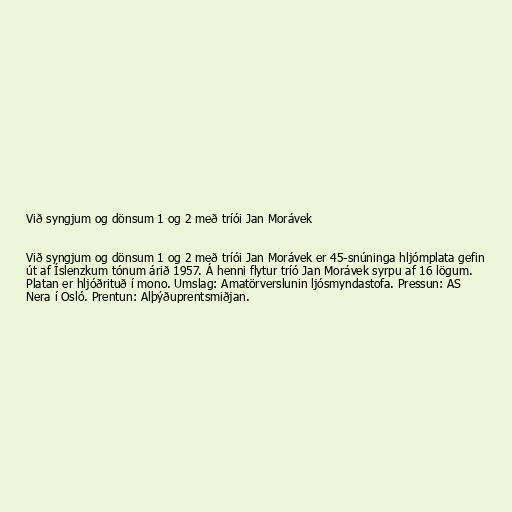
Við syngjum og dönsum 1 og 2 með tríói Jan Morávek

Við syngjum og dönsum 1 og 2 með tríói Jan Morávek er 45-snúninga hljómplata gefin
út af Íslenzkum tónum árið 1957. Á henni flytur tríó Jan Morávek syrpu af 16 lögum.
Platan er hljóðrituð í mono. Umslag: Amatörverslunin ljósmyndastofa. Pressun: AS
Nera í Osló. Prentun: Alþýðuprentsmiðjan.